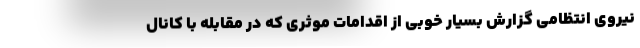
نیروی انتظامی گزارش بسیار خوبی از اقدامات موثری که در مقابله با کانال